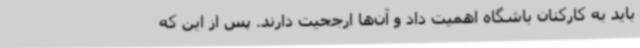
باید به کارکنان باشگاه اهمیت داد و آن‌ها ارجحیت دارند. پس از این که